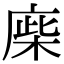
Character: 𢉪